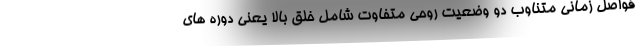
فواصل زمانی متناوب دو وضعیت روحی متفاوت شامل خلق بالا یعنی دوره های